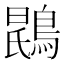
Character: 𫛂